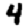
Digit: 4